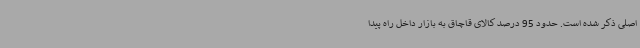
اصلی ذکر شده است. حدود 95 درصد کالای قاچاق به بازار داخل راه پیدا